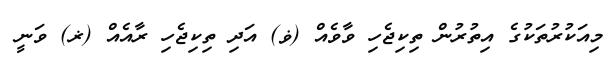
މިއަކުރުތަކުގެ އިތުރުން ތިކިޖެހި ވާވެއް (ޥ) އަދި ތިކިޖެހި ރާއެއް (ޜ) ވަނީ